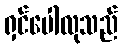
ရှင်ပေါလုသည်